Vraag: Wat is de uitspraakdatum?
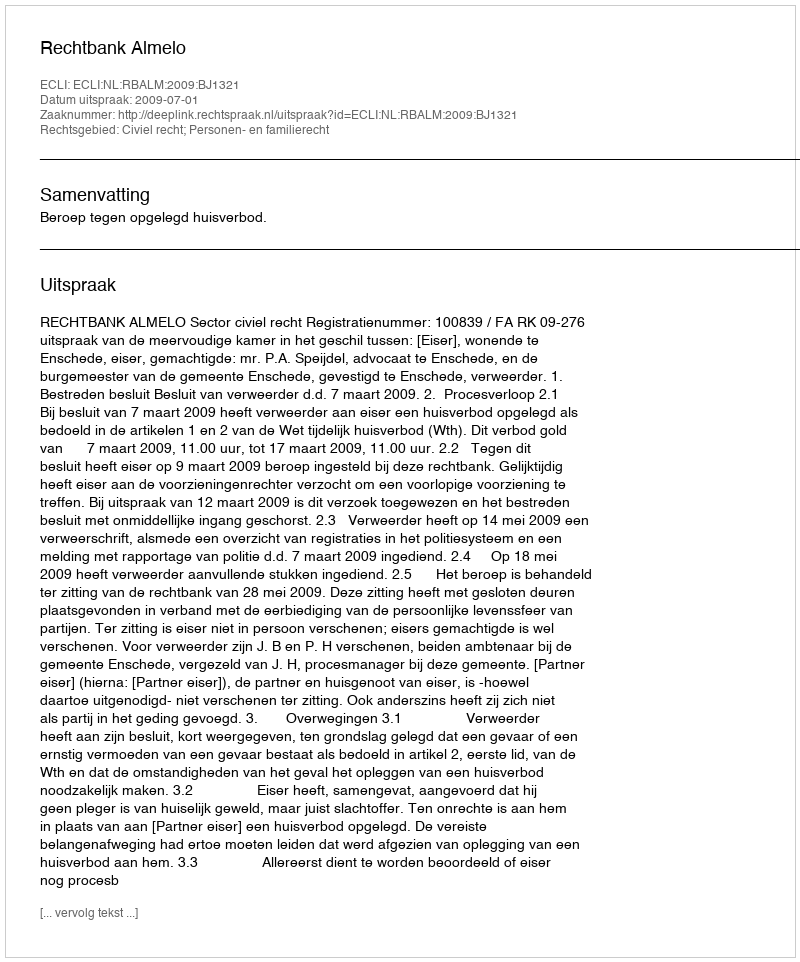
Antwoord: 2009-07-01